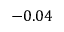
- 0 . 0 4